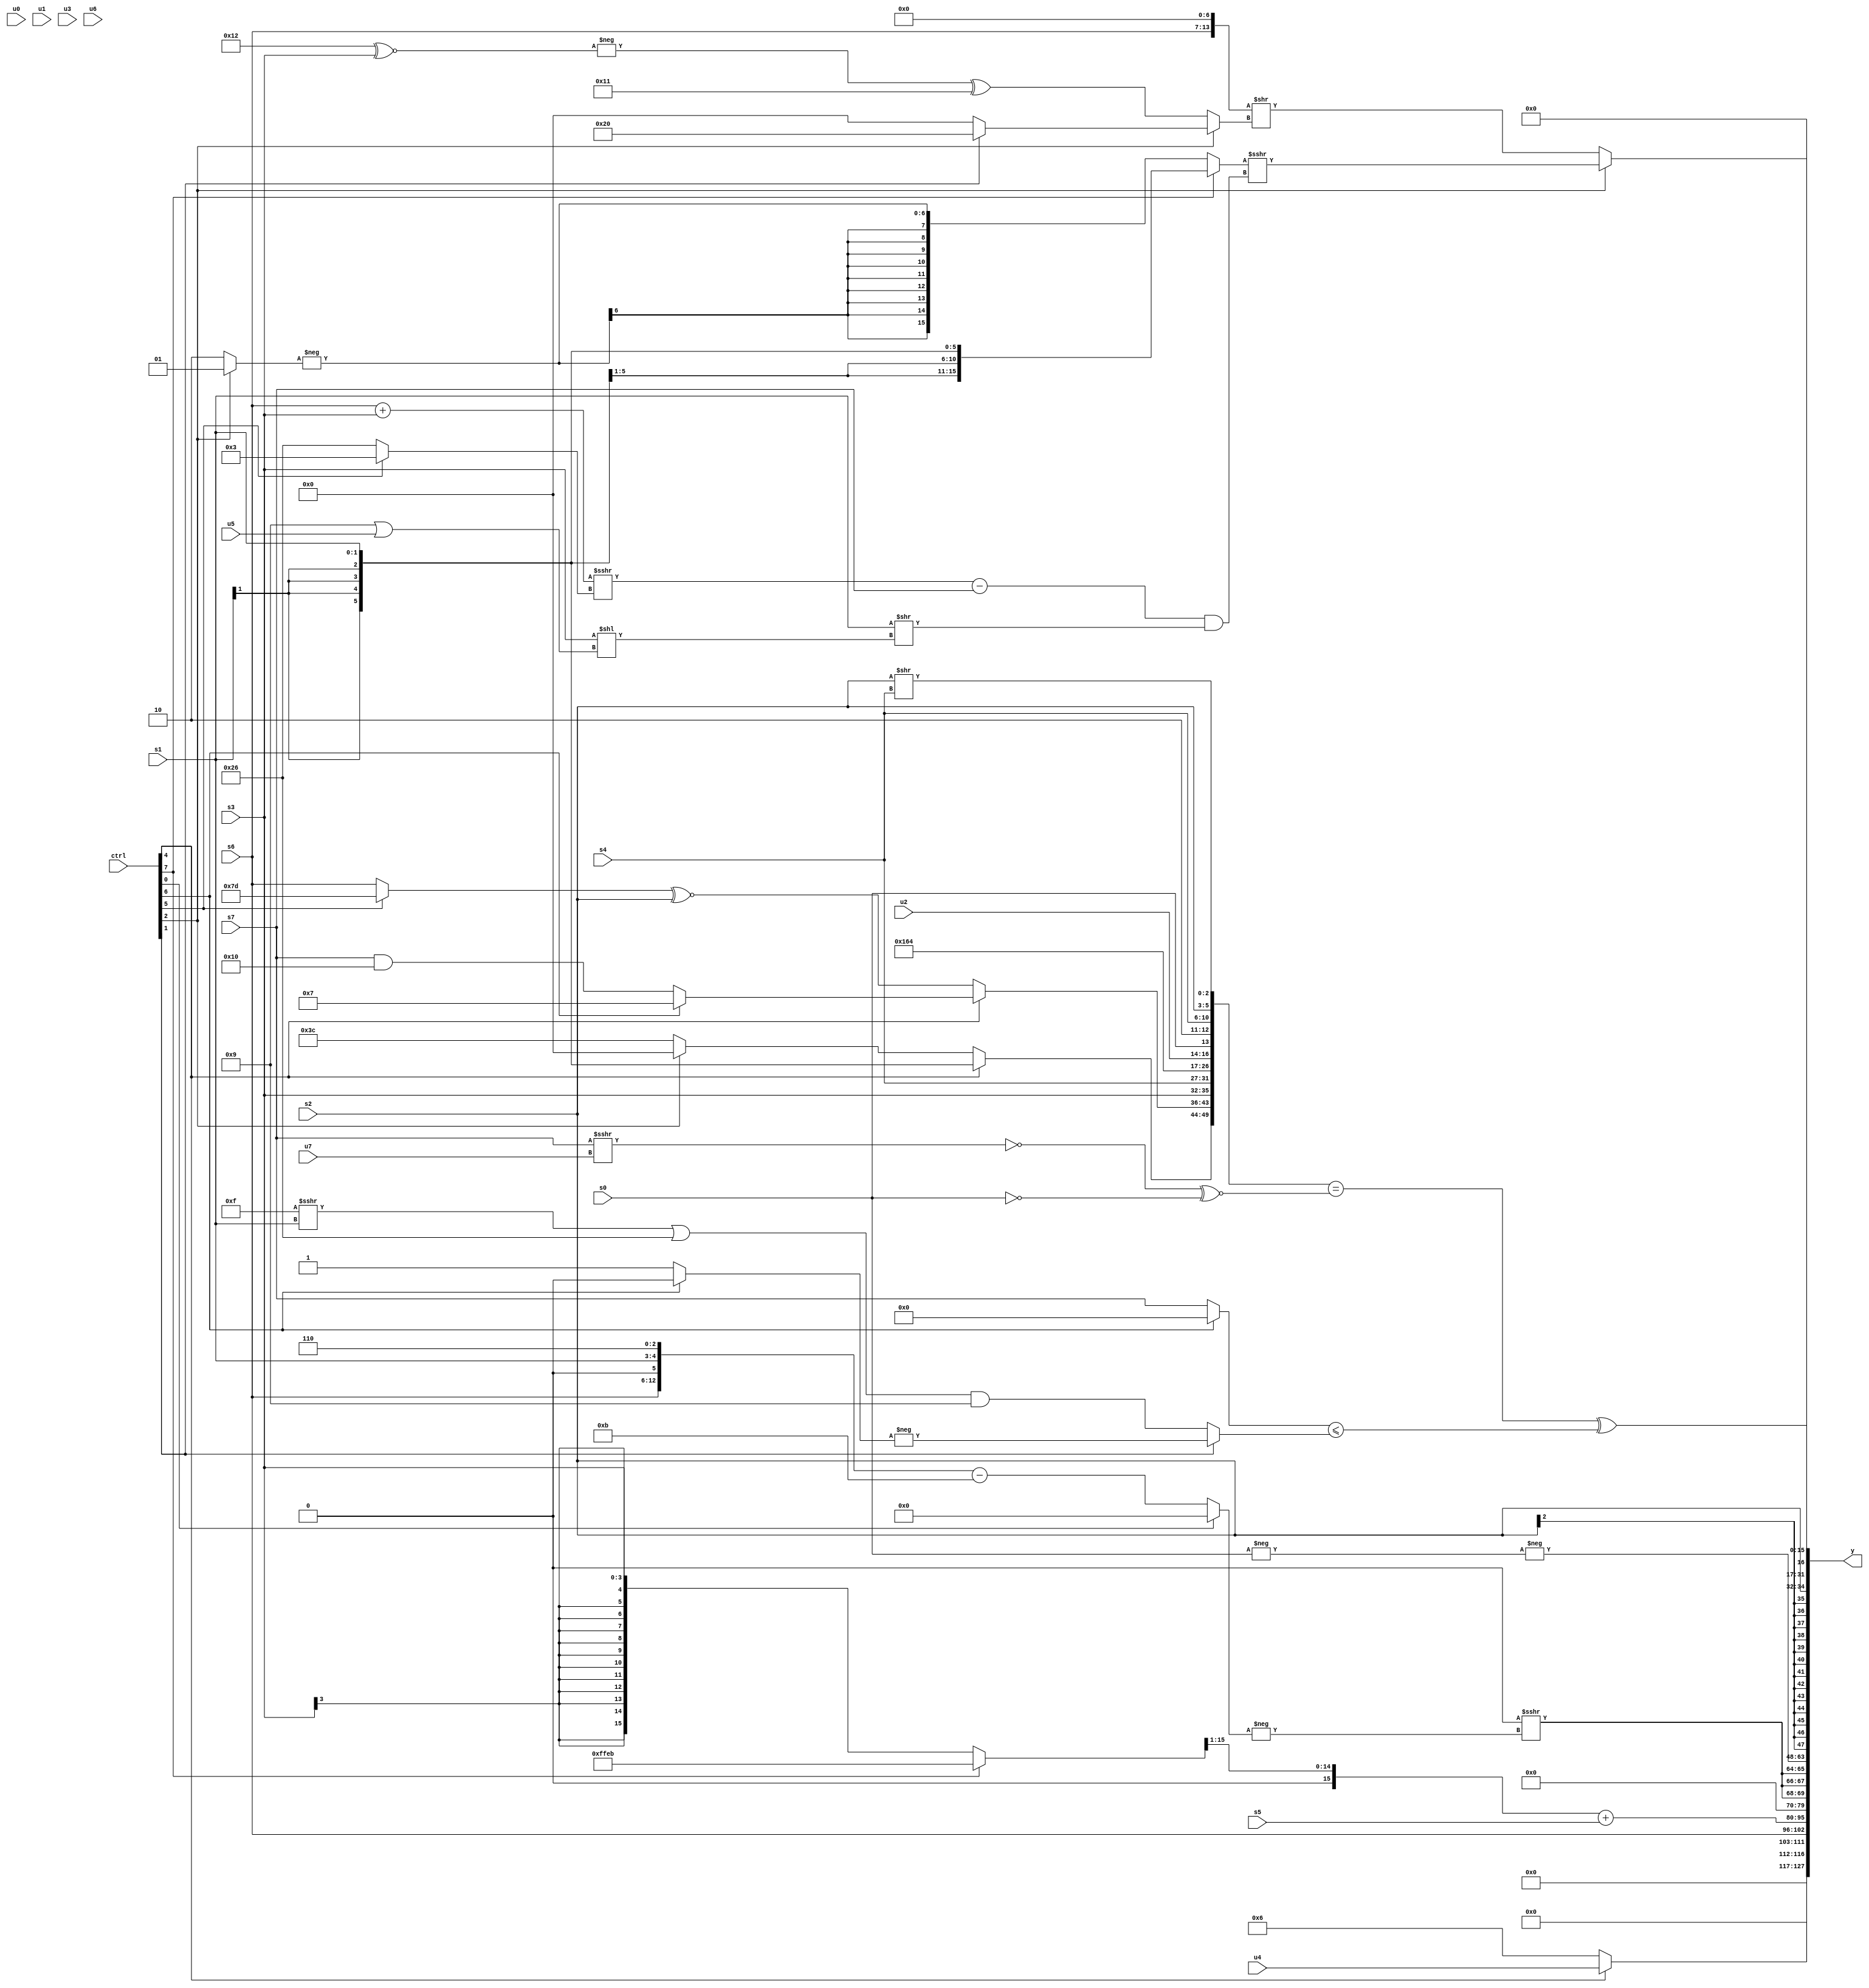
module wideexpr_00446(ctrl, u0, u1, u2, u3, u4, u5, u6, u7, s0, s1, s2, s3, s4, s5, s6, s7, y);
  input [7:0] ctrl;
  input [0:0] u0;
  input [1:0] u1;
  input [2:0] u2;
  input [3:0] u3;
  input [4:0] u4;
  input [5:0] u5;
  input [6:0] u6;
  input [7:0] u7;
  input signed [0:0] s0;
  input signed [1:0] s1;
  input signed [2:0] s2;
  input signed [3:0] s3;
  input signed [4:0] s4;
  input signed [5:0] s5;
  input signed [6:0] s6;
  input signed [7:0] s7;
  output [127:0] y;
  wire [15:0] y0;
  wire [15:0] y1;
  wire [15:0] y2;
  wire [15:0] y3;
  wire [15:0] y4;
  wire [15:0] y5;
  wire [15:0] y6;
  wire [15:0] y7;
  assign y = {y0,y1,y2,y3,y4,y5,y6,y7};
  assign y0 = (ctrl[4]?u4:{1{~(3'sb001)}});
  assign y1 = {1{+(s6)}};
  assign y2 = (((ctrl[7]?(ctrl[7]?6'sb101011:5'sb11010):s3))>>(3'b001))+(s5);
  assign y3 = {3{(2'sb00)>>>($signed(-((ctrl[0]?1'b0:{1{({s6,1'b0,s1,3'b110})-(4'sb1011)}}))))}};
  assign y4 = -(-(s0));
  assign y5 = s2;
  assign y6 = {(({$unsigned((ctrl[4]?s1:(ctrl[2]?1'sb0:6'sb111100))),(ctrl[4]?(ctrl[6]?5'sb00111:(s7)&(5'sb10000)):((ctrl[5]?4'sb1101:s6))^~($signed(s2))),$signed({{s3,s4,5'sb01011,5'sb00100},{u2,s0,2'sb10,s4},s2}),({s2})>>(s4)})==(+((~((s7)>>>(u7)))^~(~(s0)))))^((+((ctrl[6]?+(2'b00):s7)))<=((ctrl[1]?-((ctrl[6]?(u7)>>>(6'sb110010):(5'sb11111)!=(6'sb101001))):(((4'sb1111)>>>(s1))|($signed(6'b100110)))&(4'sb1001))))};
  assign y7 = +((ctrl[2]?((ctrl[7]?s1:$signed((ctrl[7]?((s1)&(s6))<<((s6)!=(3'sb110)):-((ctrl[2]?1'b1:3'b010))))))>>>(((((s6)+((s3)<<<(1'sb0)))>>>(+((ctrl[5]?5'b00011:6'b100110))))-(s7))&((s1)>>(+((s3)<<((4'sb1001)|(u5)))))):((s6)<<(4'sb0111))>>($signed((ctrl[2]?(ctrl[1]?6'sb100000:(6'sb001101)>>>($unsigned(3'sb101))):(-((6'sb110010)^~(s3)))^(6'sb010001))))));
endmodule